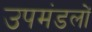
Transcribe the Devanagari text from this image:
उपमंडलों